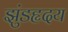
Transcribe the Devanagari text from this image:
झुंडहृदय